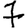
Digit: 7